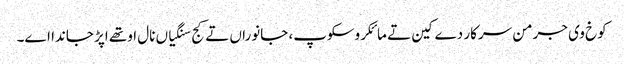
کوخ وی جرمن سرکار دے کین تے مائکروسکوپ، جانوراں تے کج سنگیاں نال اوتھے اپڑ جاندا اے۔